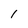
Character: I